Vaccine operations Central Provinces & Berar 1912-1920 - 1912-1920
Year: 1912
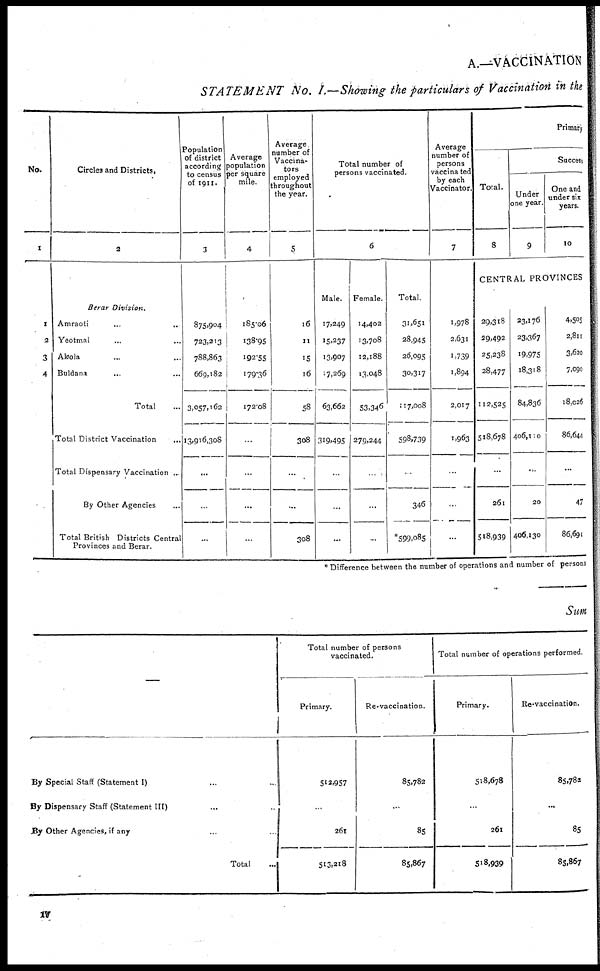
A.—VACCINATION
STATEMENT No. I.—Showing the particulars of Vaccination in the
No.
1
1
2
3
4
Circles and Districts.
2
Berar Division.
Amraoti ... ...
Yeotmal ... ...
Akola ... ...
Buldana ... ...
Total ...
Total District Vaccination ...
Total Dispensary Vaccination ..
By Other Agencies ...
Total British Districts Central
Provinces and Berar.
Population
of district
according
to census
of 1911.
3
875,904
723,213
788,863
669,182
3,057,162
13,916,308
...
...
...
Average
population
per square
mile.
4
185.06
138.95
192.55
179.36
172.08
...
...
...
...
Average
number of
Vaccina-
tors
employed
throughout
the year.
5
16
11
15
16
58
308
...
...
308
Total number of
persons vaccinated.
6
Male.
17,249
15,237
13,907
17,269
63,662
319,495
...
...
...
Female.
14,402
13,708
12,188
13,048
53,346
279,244
...
...
...
Total.
31,651
28,945
26,095
30,317
117,008
598,739
...
346
*599,085
Average
number of
persons
vaccinated
by each
Vaccinator.
7
1,978
2,631
1,739
1,894
2,017
1,963
...
...
...
Primary
Total.
8
Success
Under
one year.
9
One and
under six
years.
10
CENTRAL PROVINCES
29,318
29,492
25,238
28,477
112,525
518,678
...
261
518,939
23,176
23,367
19,975
18,318
84,836
406,110
...
20
406,130
4,505
2,811
3,620
7,090
18,026
86,644
...
47
86,691
* Difference between the number of operations and number of persons
Sum
—
By Special Staff (Statement I) ... ...
By Dispensary Staff (Statement III) ... ...
By Other Agencies, if any ... ...
Total
...
Total number of persons
vaccinated.
Primary.
512,957
...
261
513,218
Re-vaccination.
85,782
...
85
85,867
Total number of operations performed.
Primary.
518,678
...
261
518,939
Re-vaccination.
85,782
...
85
85,867
iv